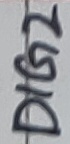
Text: DIG2